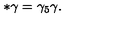
\ast \gamma = \gamma _ { 5 } \gamma .